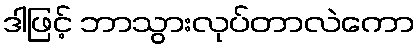
ဒါဖြင့် ဘာသွားလုပ်တာလဲကော